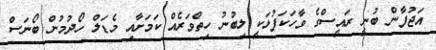
އަޖުފާން ބުނީ ރައީސްގެ ވާހަކަފުޅަކީ ލިބުނު ހިތްވަރެއް ކަމަށާއި މެޑަލް ހޯދުމުން ބޯނަސް